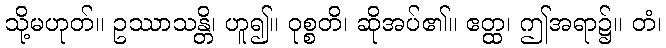
သို့မဟုတ်။ ဥဿာသန္တိ၊ ဟူ၍။ ဝုစ္စတိ၊ ဆိုအပ်၏။ ဧတ္ထ၊ ဤအရာ၌။ တံ၊